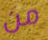
من